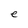
Character: e